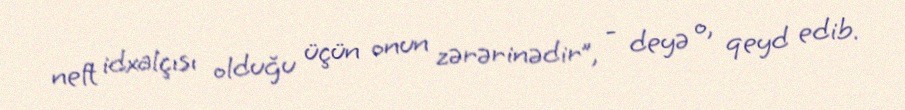
neft idxalçısı olduğu üçün onun zərərinədir”, - deyə o, qeyd edib.